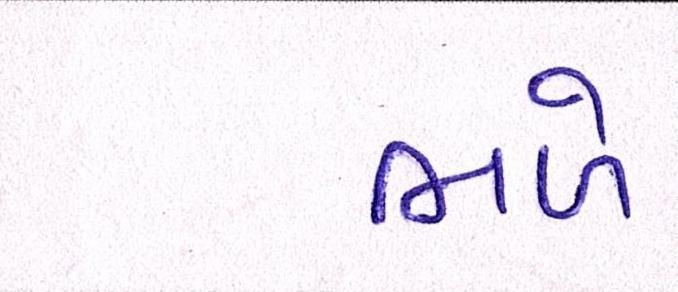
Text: ભળે